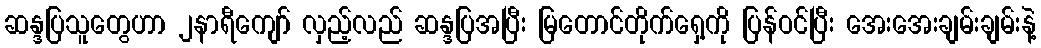
ဆန္ဒပြသူတွေဟာ ၂နာရီကျော် လှည့်လည် ဆန္ဒပြအပြီး မြတောင်တိုက်ရှေ့ကို ပြန်ဝင်ပြီး အေးအေးချမ်းချမ်းနဲ့